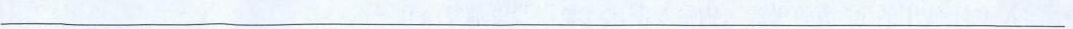
___